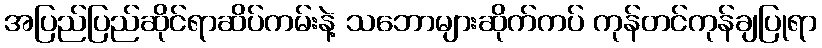
အပြည်ပြည်ဆိုင်ရာဆိပ်ကမ်းနဲ့ သဘောများဆိုက်ကပ် ကုန်တင်ကုန်ချပြုရာ